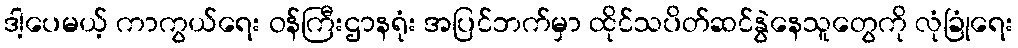
ဒါ့ပေမယ့် ကာကွယ်ရေး ဝန်ကြီးဌာနရုံး အပြင်ဘက်မှာ ထိုင်သပိတ်ဆင်နွဲနေသူတွေကို လုံခြုံရေး